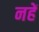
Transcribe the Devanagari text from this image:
नहें